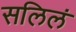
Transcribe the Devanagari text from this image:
सलिलं